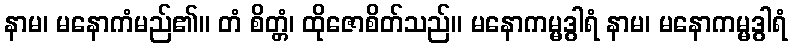
နာမ၊ မနောကံမည်၏။ တံ စိတ္တံ၊ ထိုဇောစိတ်သည်။ မနောကမ္မဒွါရံ နာမ၊ မနောကမ္မဒွါရံ